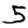
Digit: 3